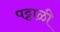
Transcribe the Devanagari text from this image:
पट्टाळी